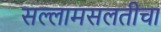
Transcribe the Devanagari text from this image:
सल्लामसलतीचा